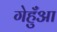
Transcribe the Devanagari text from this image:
गेहुँआ